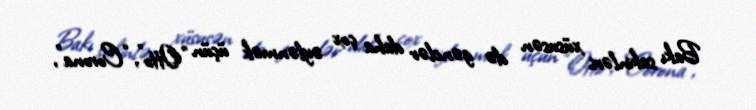
Bakı sakinləri, xüsusən də gənclər daha çox əylənmək üçün “Otto”, “Corona”,